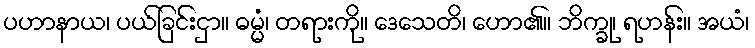
ပဟာနာယ၊ ပယ်ခြင်းငှာ။ ဓမ္မံ၊ တရားကို။ ဒေသေတိ၊ ဟော၏။ ဘိက္ခု၊ ရဟန်း။ အယံ၊